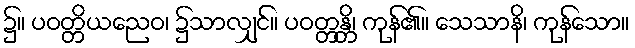
၌။ ပဝတ္တိယညေဝ၊ ၌သာလျှင်။ ပဝတ္တန္တိ၊ ကုန်၏။ သေသာနိ၊ ကုန်သော။